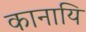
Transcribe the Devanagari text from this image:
कानायि